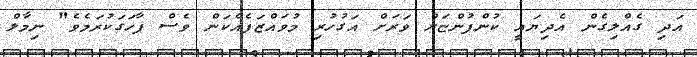
އަދި ގެއްލިގެން އެދިޔައީ ކުންފުންޏަށް ވަރަށް އަގުހުރި މުވައްޒަފެއްކަން ވެސް ފާހަގަކުރަމެވެ" ނިމާލް